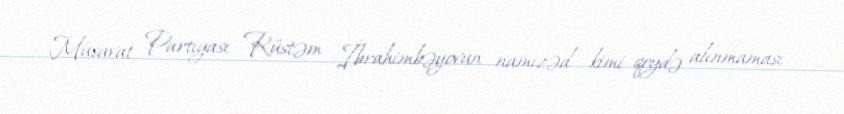
Müsavat Partiyası Rüstəm İbrahimbəyovun namizəd kimi qeydə alınmaması